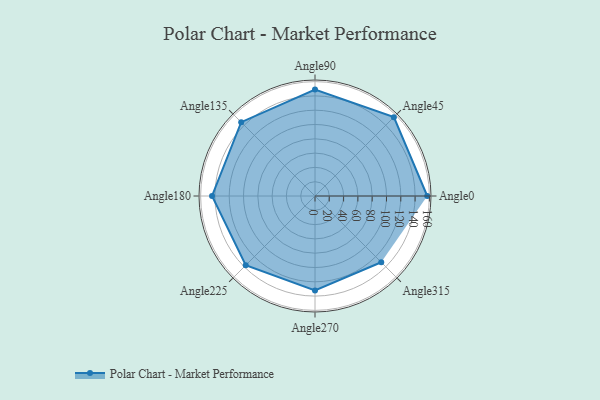
{"axis": {"x": "Angle", "y": "Radius"}, "legend": [""], "data": [{"x": "Angle0", "y": 157.0, "type": ""}, {"x": "Angle45", "y": 156.0, "type": ""}, {"x": "Angle90", "y": 149.0, "type": ""}, {"x": "Angle135", "y": 146.0, "type": ""}, {"x": "Angle180", "y": 144.0, "type": ""}, {"x": "Angle225", "y": 137.0, "type": ""}, {"x": "Angle270", "y": 132.0, "type": ""}, {"x": "Angle315", "y": 131.0, "type": ""}]}